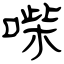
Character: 喍